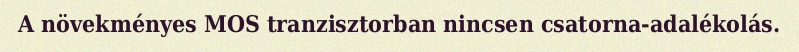
A növekményes MOS tranzisztorban nincsen csatorna-adalékolás.